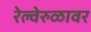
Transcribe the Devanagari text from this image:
रेल्वेरुळावर